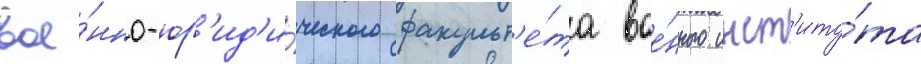
вое́нно-юр'ид'и́ческого факульт'е́та вое́нного инст'иту́та